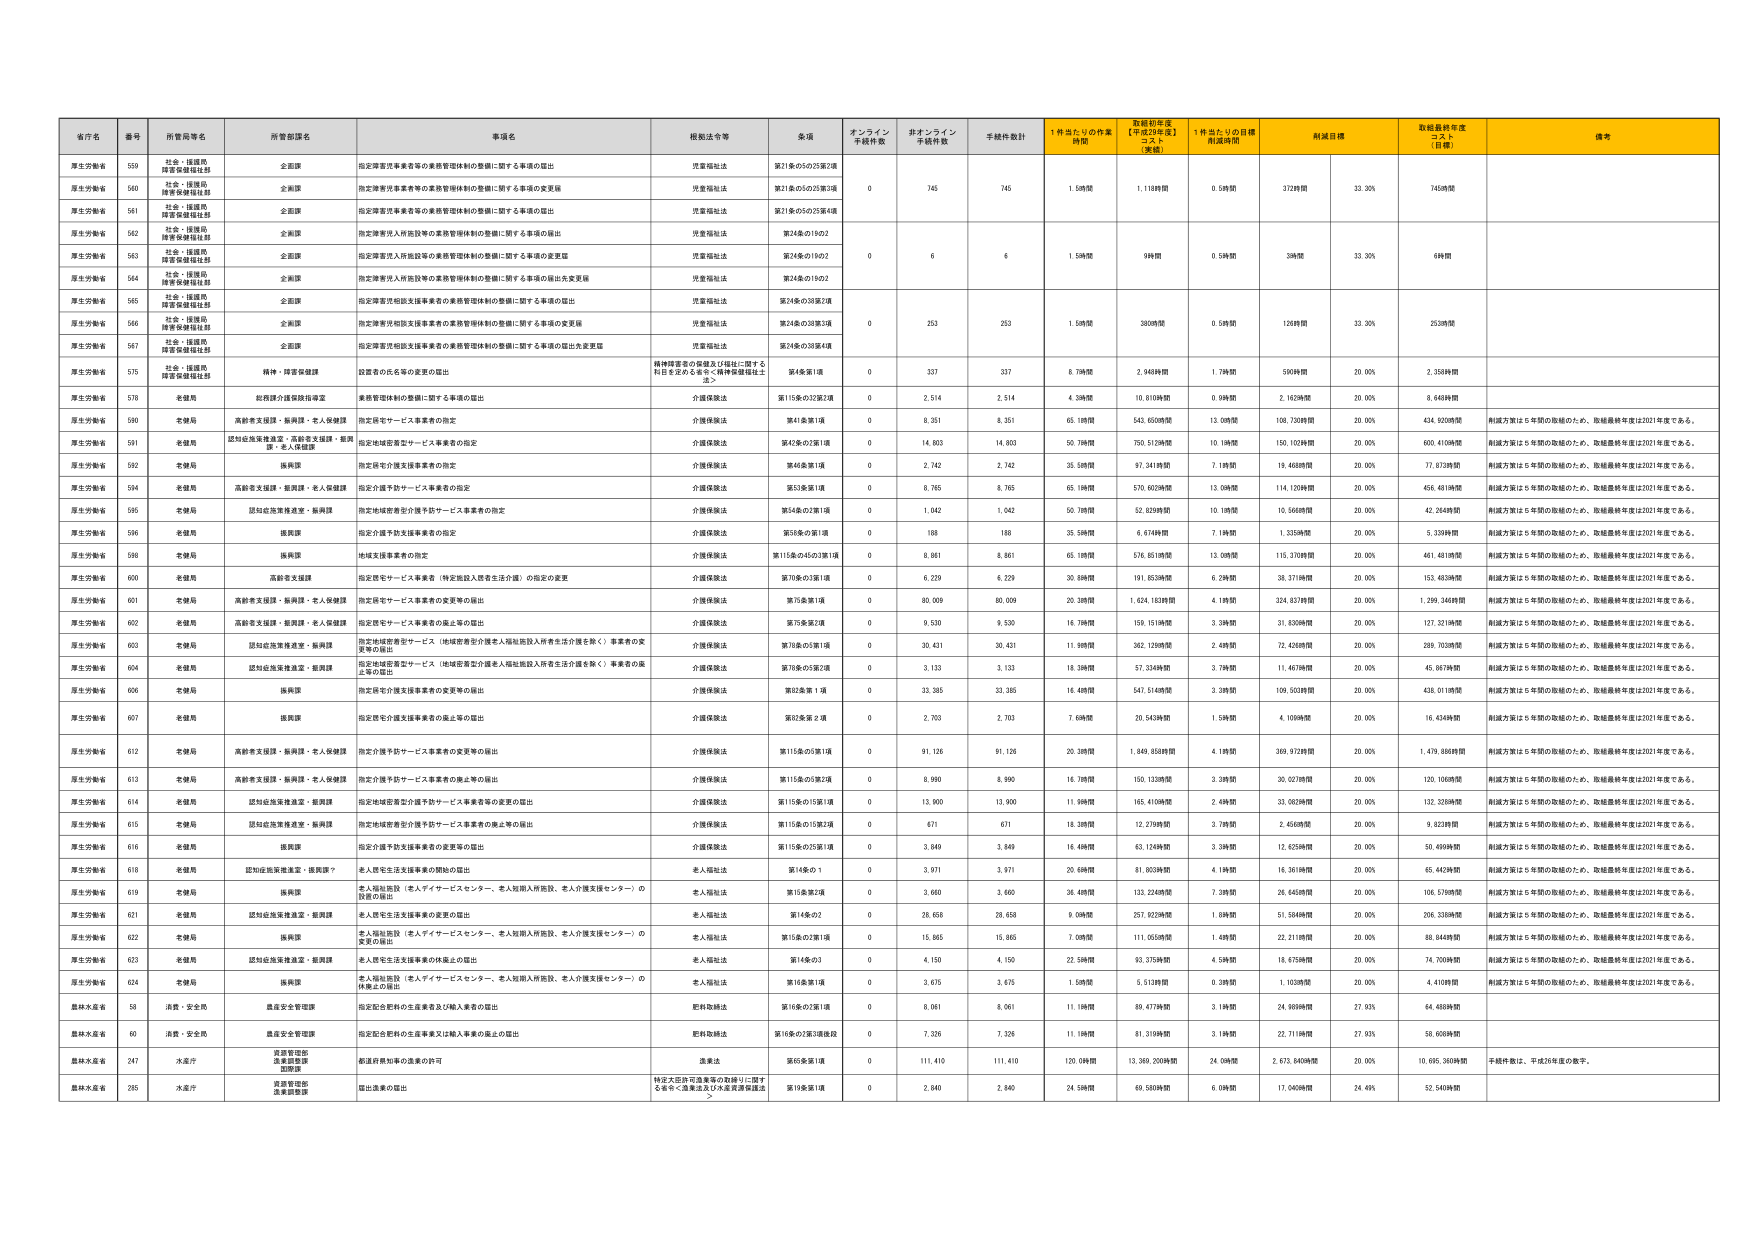
省庁名 番号 所管局等名 所管部課名 事項名 根拠法令等 金額 オンライン 手続件数 非オンライン 手続件数 手続件数計 1件当たりの作業 時間 取組初年度 【平成29年度】 コスト 【実績】 1件当たりの目標 作成時間 削減目標 取組最終年度 コスト 【目標】 備考
厚生労働省 559 社会・援護局 障害保健福祉部 全国課 指定障害児事業者等の業務管理体制の整備に関する事項の届出 児童福祉法 第21条の5の25第2項
厚生労働省 560 社会・援護局 障害保健福祉部 全国課 指定障害児事業者等の業務管理体制の整備に関する事項の変更届 児童福祉法 第21条の5の25第4項
厚生労働省 561 社会・援護局 障害保健福祉部 全国課 指定障害児事業者等の業務管理体制の整備に関する事項の届出 児童福祉法 第21条の5の25第4項
厚生労働省 562 社会・援護局 障害保健福祉部 全国課 指定障害児入所施設等の業務管理体制の整備に関する事項の届出 児童福祉法 第24条の19の2
厚生労働省 563 社会・援護局 障害保健福祉部 全国課 指定障害児入所施設等の業務管理体制の整備に関する事項の変更届 児童福祉法 第24条の19の2 0 6 6 1.5時間 9時間 0.5時間 3時間 33.30% 6時間
厚生労働省 564 社会・援護局 障害保健福祉部 全国課 指定障害児入所施設等の業務管理体制の整備に関する事項の届出失変更届 児童福祉法 第24条の19の2
厚生労働省 565 社会・援護局 障害保健福祉部 全国課 指定障害児相談支援事業者の業務管理体制の整備に関する事項の届出 児童福祉法 第24条の33第2項
厚生労働省 566 社会・援護局 障害保健福祉部 全国課 指定障害児相談支援事業者の業務管理体制の整備に関する事項の変更届 児童福祉法 第24条の33第3項 0 253 253 1.5時間 380時間 0.5時間 126時間 33.30% 253時間
厚生労働省 567 社会・援護局 障害保健福祉部 全国課 指定障害児相談支援事業者の業務管理体制の整備に関する事項の届出失変更届 児童福祉法 第24条の33第4項
厚生労働省 575 精神・障害保健課 設置者の氏名等の変更の届出 精神障害者の保健及び福祉に関する 利用を定める者＜精神保健福祉士 法＞ 第4条第1項 0 337 337 6.7時間 2,348時間 1.7時間 590時間 20.00% 2,358時間
厚生労働省 578 老健局 総務課介護保険指導室 業務管理体制の整備に関する事項の届出 介護保険法 第115条の33第2項 0 2,514 2,514 4.3時間 10,810時間 0.9時間 2,162時間 20.00% 8,648時間
厚生労働省 590 老健局 高齢者支援課・振興課・老人保健課 指定居宅サービス事業者の指定 介護保険法 第41条第1項 0 8,351 8,351 65.1時間 543,650時間 13.0時間 108,730時間 20.00% 434,920時間 制度方策は5年間の取組のため、取組最終年度は2021年度である。
厚生労働省 591 老健局 認知症施策推進室・高齢者支援課・振興 課・老人保健課 指定地域密着型サービス事業者の指定 介護保険法 第42条の2第1項 0 14,803 14,803 50.7時間 750,513時間 10.1時間 150,102時間 20.00% 600,410時間 制度方策は5年間の取組のため、取組最終年度は2021年度である。
厚生労働省 592 老健局 振興課 指定居宅介護支援事業者の指定 介護保険法 第46条第1項 0 2,742 2,742 35.5時間 97,341時間 7.1時間 19,468時間 20.00% 77,873時間 制度方策は5年間の取組のため、取組最終年度は2021年度である。
厚生労働省 594 老健局 高齢者支援課・振興課・老人保健課 指定介護予防サービス事業者の指定 介護保険法 第53条第1項 0 8,765 8,765 65.1時間 570,903時間 13.0時間 114,170時間 20.00% 456,481時間 制度方策は5年間の取組のため、取組最終年度は2021年度である。
厚生労働省 595 老健局 認知症施策推進室・振興課 指定地域密着型介護予防サービス事業者の指定 介護保険法 第54条の2第1項 0 1,042 1,042 50.7時間 52,829時間 10.1時間 10,566時間 20.00% 42,264時間 制度方策は5年間の取組のため、取組最終年度は2021年度である。
厚生労働省 596 老健局 振興課 指定介護予防支援事業者の指定 介護保険法 第58条の第1項 0 188 188 35.5時間 6,674時間 7.1時間 1,335時間 20.00% 5,339時間 制度方策は5年間の取組のため、取組最終年度は2021年度である。
厚生労働省 598 老健局 振興課 地域支援事業者の指定 介護保険法 第115条の45の3第1項 0 8,861 8,861 65.1時間 576,851時間 13.0時間 115,370時間 20.00% 461,481時間 制度方策は5年間の取組のため、取組最終年度は2021年度である。
厚生労働省 600 老健局 高齢者支援課 指定居宅サービス事業者（特定施設入居者生活介護）の指定の変更 介護保険法 第78条の3第1項 0 6,229 6,229 30.8時間 191,853時間 6.2時間 38,371時間 20.00% 153,483時間 制度方策は5年間の取組のため、取組最終年度は2021年度である。
厚生労働省 601 老健局 高齢者支援課・振興課・老人保健課 指定居宅サービス事業者の変更等の届出 介護保険法 第78条第1項 0 80,009 80,009 20.3時間 1,624,183時間 4.1時間 324,837時間 20.00% 1,299,346時間 制度方策は5年間の取組のため、取組最終年度は2021年度である。
厚生労働省 602 老健局 高齢者支援課・振興課・老人保健課 指定居宅サービス事業者の廃止等の届出 介護保険法 第78条第2項 0 9,530 9,530 16.7時間 159,151時間 3.3時間 31,830時間 20.00% 127,321時間 制度方策は5年間の取組のため、取組最終年度は2021年度である。
厚生労働省 603 老健局 認知症施策推進室・振興課 指定地域密着型サービス（地域密着型介護老人福祉施設入所者生活介護を除く）事業者の変 更等の届出 介護保険法 第78条の5第1項 0 30,431 30,431 11.9時間 362,129時間 2.4時間 72,426時間 20.00% 289,703時間 制度方策は5年間の取組のため、取組最終年度は2021年度である。
厚生労働省 604 老健局 認知症施策推進室・振興課 指定地域密着型サービス（地域密着型介護老人福祉施設入所者生活介護を除く）事業者の廃 止等の届出 介護保険法 第78条の5第2項 0 3,133 3,133 18.3時間 57,334時間 3.7時間 11,467時間 20.00% 45,867時間 制度方策は5年間の取組のため、取組最終年度は2021年度である。
厚生労働省 606 老健局 振興課 指定居宅介護支援事業者の変更等の届出 介護保険法 第83条第 1項 0 33,385 33,385 16.4時間 547,514時間 3.3時間 109,503時間 20.00% 438,011時間 制度方策は5年間の取組のため、取組最終年度は2021年度である。
厚生労働省 607 老健局 振興課 指定居宅介護支援事業者の廃止等の届出 介護保険法 第83条第 2項 0 2,703 2,703 7.6時間 20,543時間 1.5時間 4,109時間 20.00% 16,434時間 制度方策は5年間の取組のため、取組最終年度は2021年度である。
厚生労働省 612 老健局 高齢者支援課・振興課・老人保健課 指定介護予防サービス事業者の変更等の届出 介護保険法 第115条の3第1項 0 91,126 91,126 20.3時間 1,849,858時間 4.1時間 369,972時間 20.00% 1,479,886時間 制度方策は5年間の取組のため、取組最終年度は2021年度である。
厚生労働省 613 老健局 高齢者支援課・振興課・老人保健課 指定介護予防サービス事業者の廃止等の届出 介護保険法 第115条の3第2項 0 8,990 8,990 16.7時間 150,133時間 3.3時間 30,027時間 20.00% 120,106時間 制度方策は5年間の取組のため、取組最終年度は2021年度である。
厚生労働省 614 老健局 認知症施策推進室・振興課 指定地域密着型介護予防サービス事業者等の変更の届出 介護保険法 第115条の15第1項 0 13,900 13,900 11.9時間 165,410時間 2.4時間 33,082時間 20.00% 132,328時間 制度方策は5年間の取組のため、取組最終年度は2021年度である。
厚生労働省 615 老健局 認知症施策推進室・振興課 指定地域密着型介護予防サービス事業者の廃止等の届出 介護保険法 第115条の15第2項 0 671 671 18.3時間 12,279時間 3.7時間 2,456時間 20.00% 9,823時間 制度方策は5年間の取組のため、取組最終年度は2021年度である。
厚生労働省 616 老健局 振興課 指定介護予防支援事業者の変更等の届出 介護保険法 第115条の25第1項 0 3,849 3,849 16.4時間 63,124時間 3.3時間 12,625時間 20.00% 50,499時間 制度方策は5年間の取組のため、取組最終年度は2021年度である。
厚生労働省 618 老健局 認知症施策推進室・振興課7 老人居住施設（老人デイサービスセンター、老人短期入所施設、老人介護支援センター）の 設置の届出 老人福祉法 第14条の1 0 3,971 3,971 20.6時間 81,803時間 4.1時間 16,361時間 20.00% 65,442時間 制度方策は5年間の取組のため、取組最終年度は2021年度である。
厚生労働省 619 老健局 振興課 老人福祉施設（老人デイサービスセンター、老人短期入所施設、老人介護支援センター）の 設置の届出 老人福祉法 第18条第2項 0 3,660 3,660 36.4時間 133,224時間 7.3時間 26,645時間 20.00% 106,579時間 制度方策は5年間の取組のため、取組最終年度は2021年度である。
厚生労働省 621 老健局 認知症施策推進室・振興課 老人居宅生活支援事業の変更の届出 老人福祉法 第14条の2 0 28,658 28,658 9.0時間 257,923時間 1.8時間 51,584時間 20.00% 206,338時間 制度方策は5年間の取組のため、取組最終年度は2021年度である。
厚生労働省 622 老健局 振興課 老人福祉施設（老人デイサービスセンター、老人短期入所施設、老人介護支援センター）の 変更の届出 老人福祉法 第15条の2第1項 0 15,865 15,865 7.0時間 111,055時間 1.4時間 22,211時間 20.00% 88,844時間 制度方策は5年間の取組のため、取組最終年度は2021年度である。
厚生労働省 623 老健局 認知症施策推進室・振興課 老人居宅生活支援事業の休廃止の届出 老人福祉法 第14条の3 0 4,150 4,150 22.5時間 93,375時間 4.5時間 18,675時間 20.00% 74,700時間 制度方策は5年間の取組のため、取組最終年度は2021年度である。
厚生労働省 624 老健局 振興課 老人福祉施設（老人デイサービスセンター、老人短期入所施設、老人介護支援センター）の 休廃止の届出 老人福祉法 第18条第1項 0 3,675 3,675 1.5時間 5,513時間 0.3時間 1,103時間 20.00% 4,410時間 制度方策は5年間の取組のため、取組最終年度は2021年度である。
農林水産省 58 漁業・安全局 農産安全管理局 指定配合肥料の生産者及び輸入業者の届出 肥料取締法 第16条の2第1項 0 8,061 8,061 11.1時間 89,477時間 3.1時間 24,989時間 27.93% 64,488時間
農林水産省 60 漁業・安全局 農産安全管理局 指定配合肥料の生産事業又は輸入事業の廃止の届出 肥料取締法 第16条の3第2項後段 0 7,326 7,326 11.1時間 81,319時間 3.1時間 22,711時間 27.93% 58,608時間
農林水産省 247 水産庁 農業管理部 農業管理課 国際課 船道新規知事の進捗の許可 漁業法 第65条第1項 0 111,410 111,410 120.0時間 13,368,200時間 24.0時間 2,673,840時間 20.00% 10,695,360時間 手続件数は、平成26年度の数字。
農林水産省 285 水産庁 農業管理部 農業管理課 国出漁業の届出 特定大臣許可漁業等の取締りに関す る省令＜漁業法及び水産資源保護法 ＞ 第19条第1項 0 2,840 2,840 24.5時間 69,580時間 6.0時間 17,040時間 24.49% 52,540時間